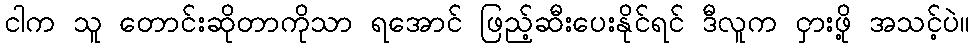
ငါက သူ တောင်းဆိုတာကိုသာ ရအောင် ဖြည့်ဆီးပေးနိုင်ရင် ဒီလူက ငှားဖို့ အသင့်ပဲ။